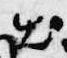
出